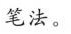
笔法。